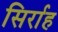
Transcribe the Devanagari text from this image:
सिर्राह